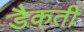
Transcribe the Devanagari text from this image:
डैकती